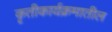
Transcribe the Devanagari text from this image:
कृतीकार्यक्रमातील